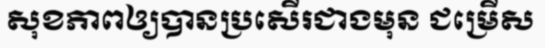
សុខភាពឲ្យបានប្រសើរជាងមុន ជម្រើស